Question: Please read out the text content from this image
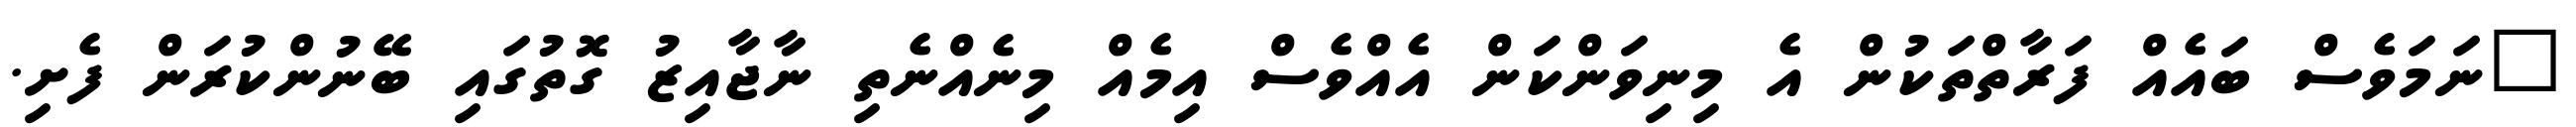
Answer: "ނަމަވެސް ބައެއް ފަރާތްތަކުން އެ މިނިވަންކަން އެއްވެސް އިމެއް މިނެއްނެތި ނާޖާއިޒު ގޮތުގައި ބޭނުންކުރަން ފެށި.